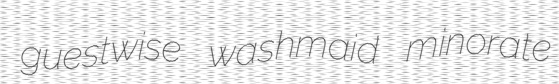
guestwise washmaid minorate